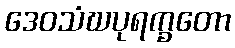
ဒေဝသံဃပုရက္ခတော